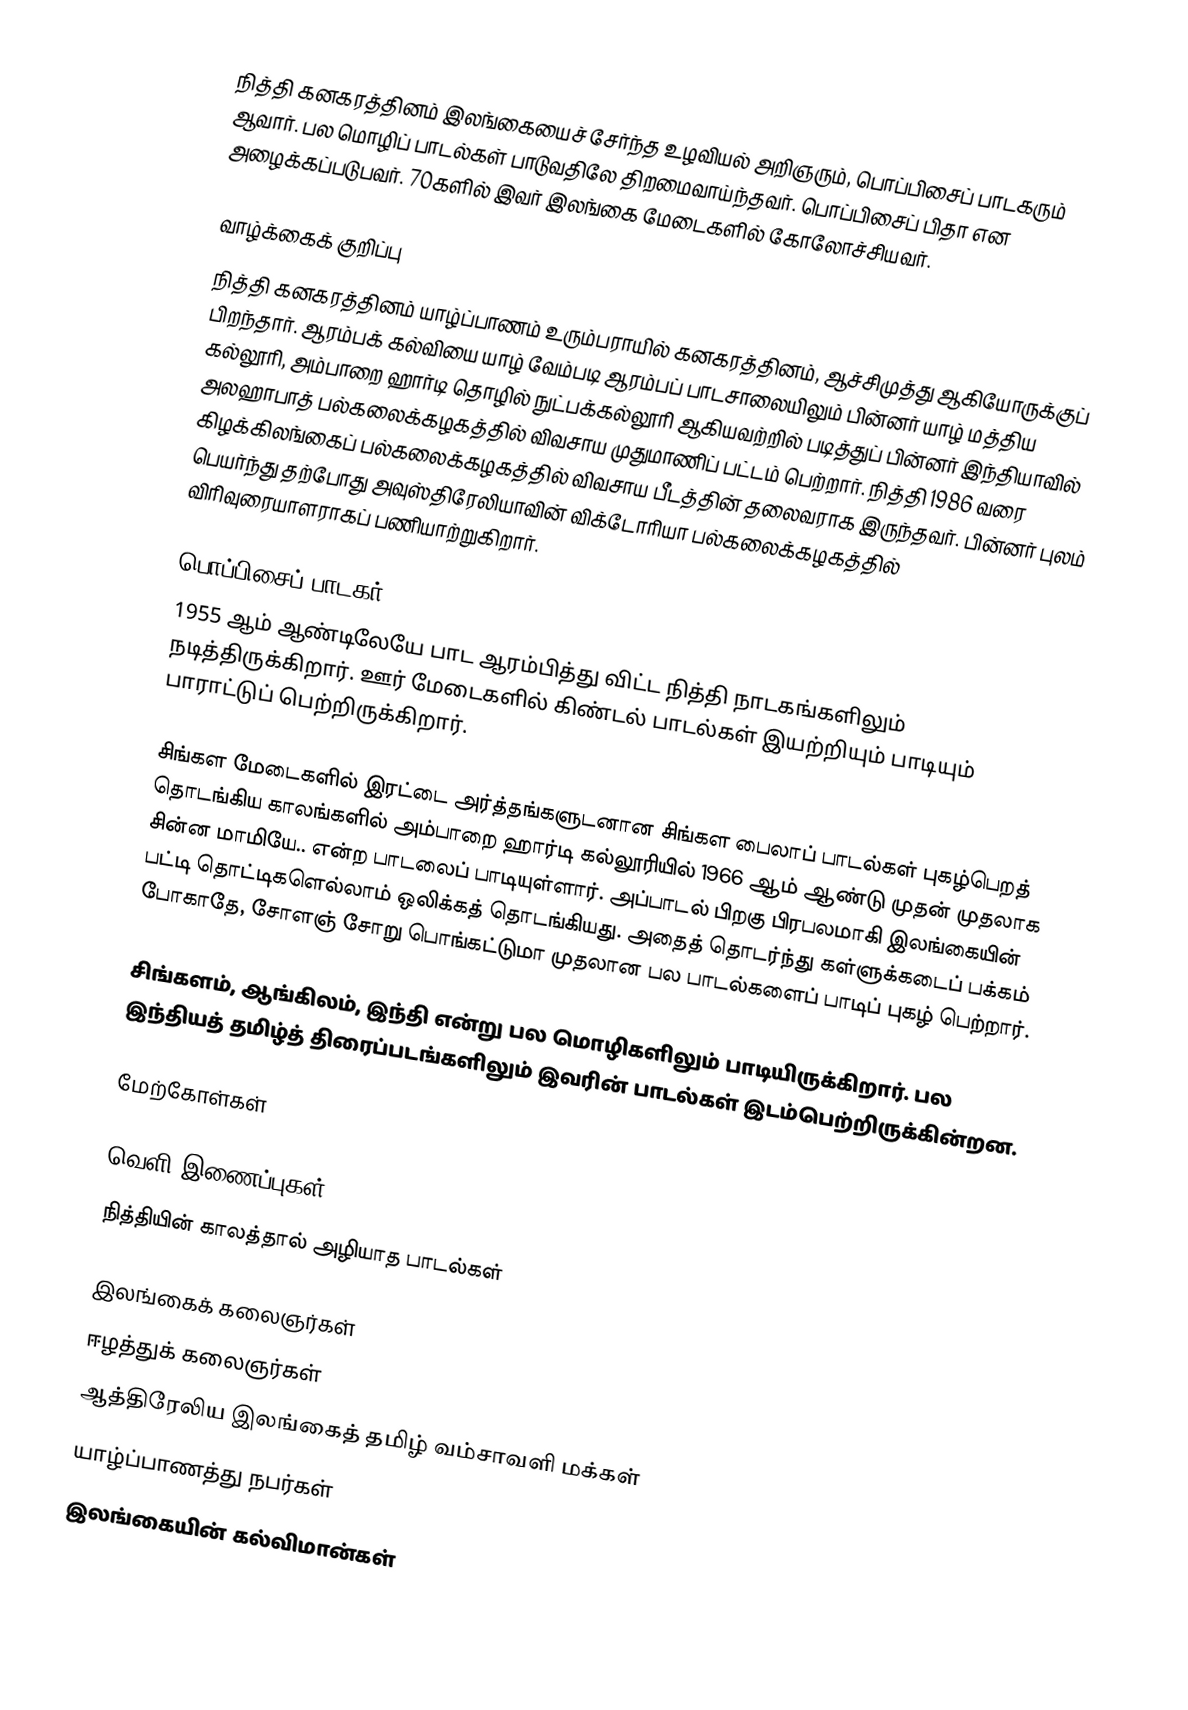
நித்தி கனகரத்தினம் இலங்கையைச் சேர்ந்த உழவியல் அறிஞரும், பொப்பிசைப் பாடகரும் ஆவார். பல மொழிப் பாடல்கள் பாடுவதிலே திறமைவாய்ந்தவர். பொப்பிசைப் பிதா என அழைக்கப்படுபவர். 70களில் இவர் இலங்கை மேடைகளில் கோலோச்சியவர்.

வாழ்க்கைக் குறிப்பு
நித்தி கனகரத்தினம் யாழ்ப்பாணம் உரும்பராயில் கனகரத்தினம், ஆச்சிமுத்து ஆகியோருக்குப் பிறந்தார். ஆரம்பக் கல்வியை யாழ் வேம்படி ஆரம்பப் பாடசாலையிலும் பின்னர் யாழ் மத்திய கல்லூரி, அம்பாறை ஹார்டி தொழில் நுட்பக்கல்லூரி ஆகியவற்றில் படித்துப் பின்னர் இந்தியாவில் அலஹாபாத் பல்கலைக்கழகத்தில் விவசாய முதுமாணிப் பட்டம் பெற்றார். நித்தி 1986 வரை கிழக்கிலங்கைப் பல்கலைக்கழகத்தில் விவசாய பீடத்தின் தலைவராக இருந்தவர். பின்னர் புலம் பெயர்ந்து தற்போது அவுஸ்திரேலியாவின் விக்டோரியா பல்கலைக்கழகத்தில் விரிவுரையாளராகப் பணியாற்றுகிறார்.

பொப்பிசைப் பாடகர்
1955 ஆம் ஆண்டிலேயே பாட ஆரம்பித்து விட்ட நித்தி நாடகங்களிலும் நடித்திருக்கிறார். ஊர் மேடைகளில் கிண்டல் பாடல்கள் இயற்றியும் பாடியும் பாராட்டுப் பெற்றிருக்கிறார்.

சிங்கள மேடைகளில் இரட்டை அர்த்தங்களுடனான சிங்கள பைலாப் பாடல்கள் புகழ்பெறத் தொடங்கிய காலங்களில் அம்பாறை ஹார்டி கல்லூரியில் 1966 ஆம் ஆண்டு முதன் முதலாக சின்ன மாமியே.. என்ற பாடலைப் பாடியுள்ளார். அப்பாடல் பிறகு பிரபலமாகி இலங்கையின் பட்டி தொட்டிகளெல்லாம் ஒலிக்கத் தொடங்கியது. அதைத் தொடர்ந்து கள்ளுக்கடைப் பக்கம் போகாதே, சோளஞ் சோறு பொங்கட்டுமா முதலான பல பாடல்களைப் பாடிப் புகழ் பெற்றார்.

சிங்களம், ஆங்கிலம், இந்தி என்று பல மொழிகளிலும் பாடியிருக்கிறார். பல இந்தியத் தமிழ்த் திரைப்படங்களிலும் இவரின் பாடல்கள் இடம்பெற்றிருக்கின்றன.

மேற்கோள்கள்

வெளி இணைப்புகள்
 நித்தியின் காலத்தால் அழியாத பாடல்கள்

இலங்கைக் கலைஞர்கள்
ஈழத்துக் கலைஞர்கள்
ஆத்திரேலிய இலங்கைத் தமிழ் வம்சாவளி மக்கள்
யாழ்ப்பாணத்து நபர்கள்
இலங்கையின் கல்விமான்கள்